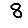
Digit: 8